Lunatic asylums in Bengal annual reports 1888-1898 - 1888-1898
Year: 1888
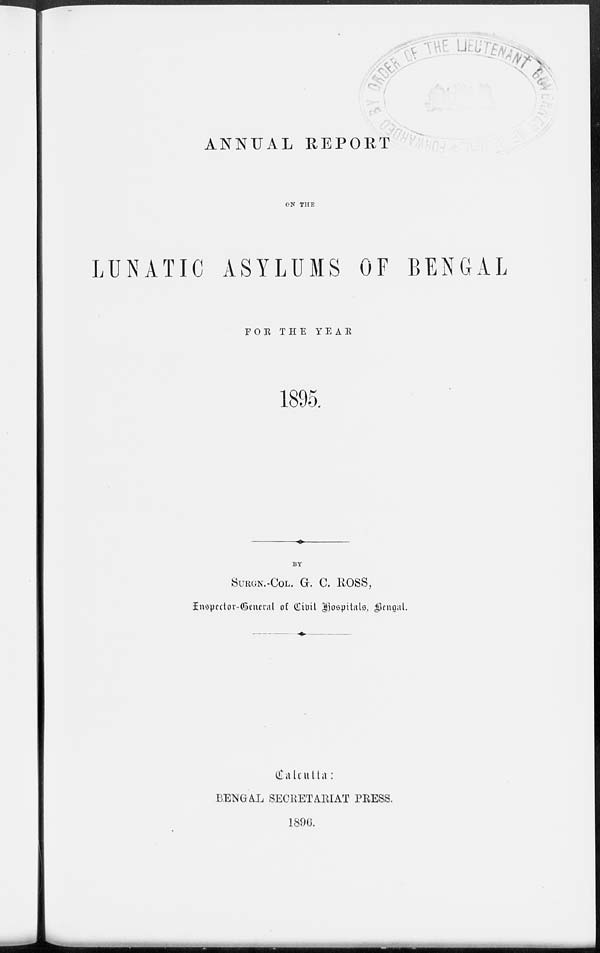
ANNUAL REPORT
ON THE
LUNATIC ASYLUMS OF BENGAL
FOR THE YEAR
1895.
BY
SURGN.-COL. G. C. ROSS,
Inspector-General of Civil Hospitals, Bengal.
Calcutta:
BENGAL SECRETARIAT PRESS.
1896.